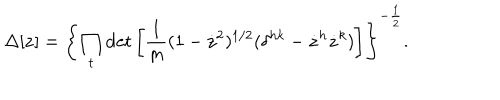
\Delta [ { \bf z } ] = \left\{ \prod _ { t } \det \left[ { \frac { 1 } { m } } ( 1 - \dot { \bf z } ^ { 2 } ) ^ { 1 / 2 } ( \delta ^ { h k } - { \dot { z } } ^ { h } { \dot { z } } ^ { k } ) \right] \right\} ^ { - \frac { 1 } { 2 } } .